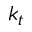
k _ { t }